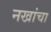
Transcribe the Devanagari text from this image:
नखांचा